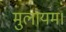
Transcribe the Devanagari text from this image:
मुलायम।